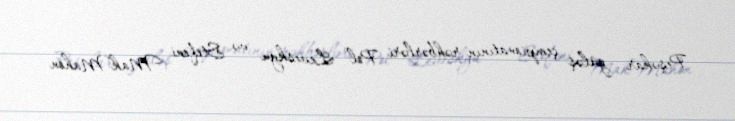
Peşəkar güləş çempionatının rəhbərləri Pol Leveskyu və Stefeni MakMahon